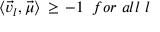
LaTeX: \langle { \vec { v } } _ { l } , { \vec { \mu } } \rangle \, \geq \, - 1 \, \, \, f o r \, \, a l l \, \, l